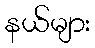
နယ်များ